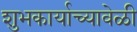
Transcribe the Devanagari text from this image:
शुभकार्याच्यावेळी